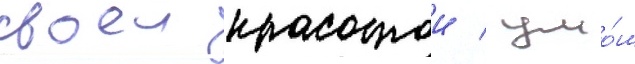
своеи красотои / умо́м